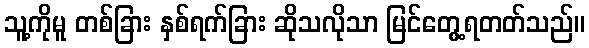
သူ့ကိုမူ တစ်ခြား နှစ်ရက်ခြား ဆိုသလိုသာ မြင်တွေ့ရတတ်သည်။